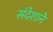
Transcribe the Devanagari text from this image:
संदेशाने